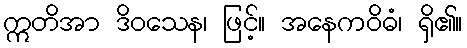
ဣတိအာ ဒိဝသေန၊ ဖြင့်။ အနေကဝိဓံ၊ ရှိ၏။